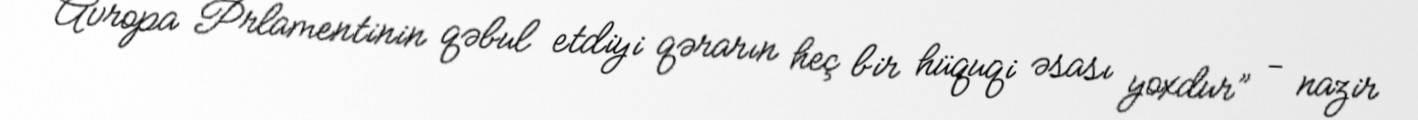
Avropa Prlamentinin qəbul etdiyi qərarın heç bir hüquqi əsası yoxdur” - nazir